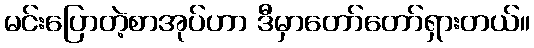
မင်းပြောတဲ့စာအုပ်ဟာ ဒီမှာတော်တော်ရှားတယ်။